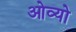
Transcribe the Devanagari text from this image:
ओव्यो